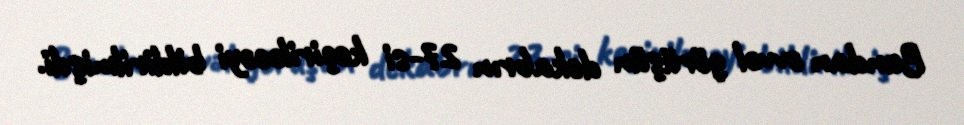
Bundan əvvəl görüşün dekabrın 27-si keçiriləcəyi bildirilmişdi.